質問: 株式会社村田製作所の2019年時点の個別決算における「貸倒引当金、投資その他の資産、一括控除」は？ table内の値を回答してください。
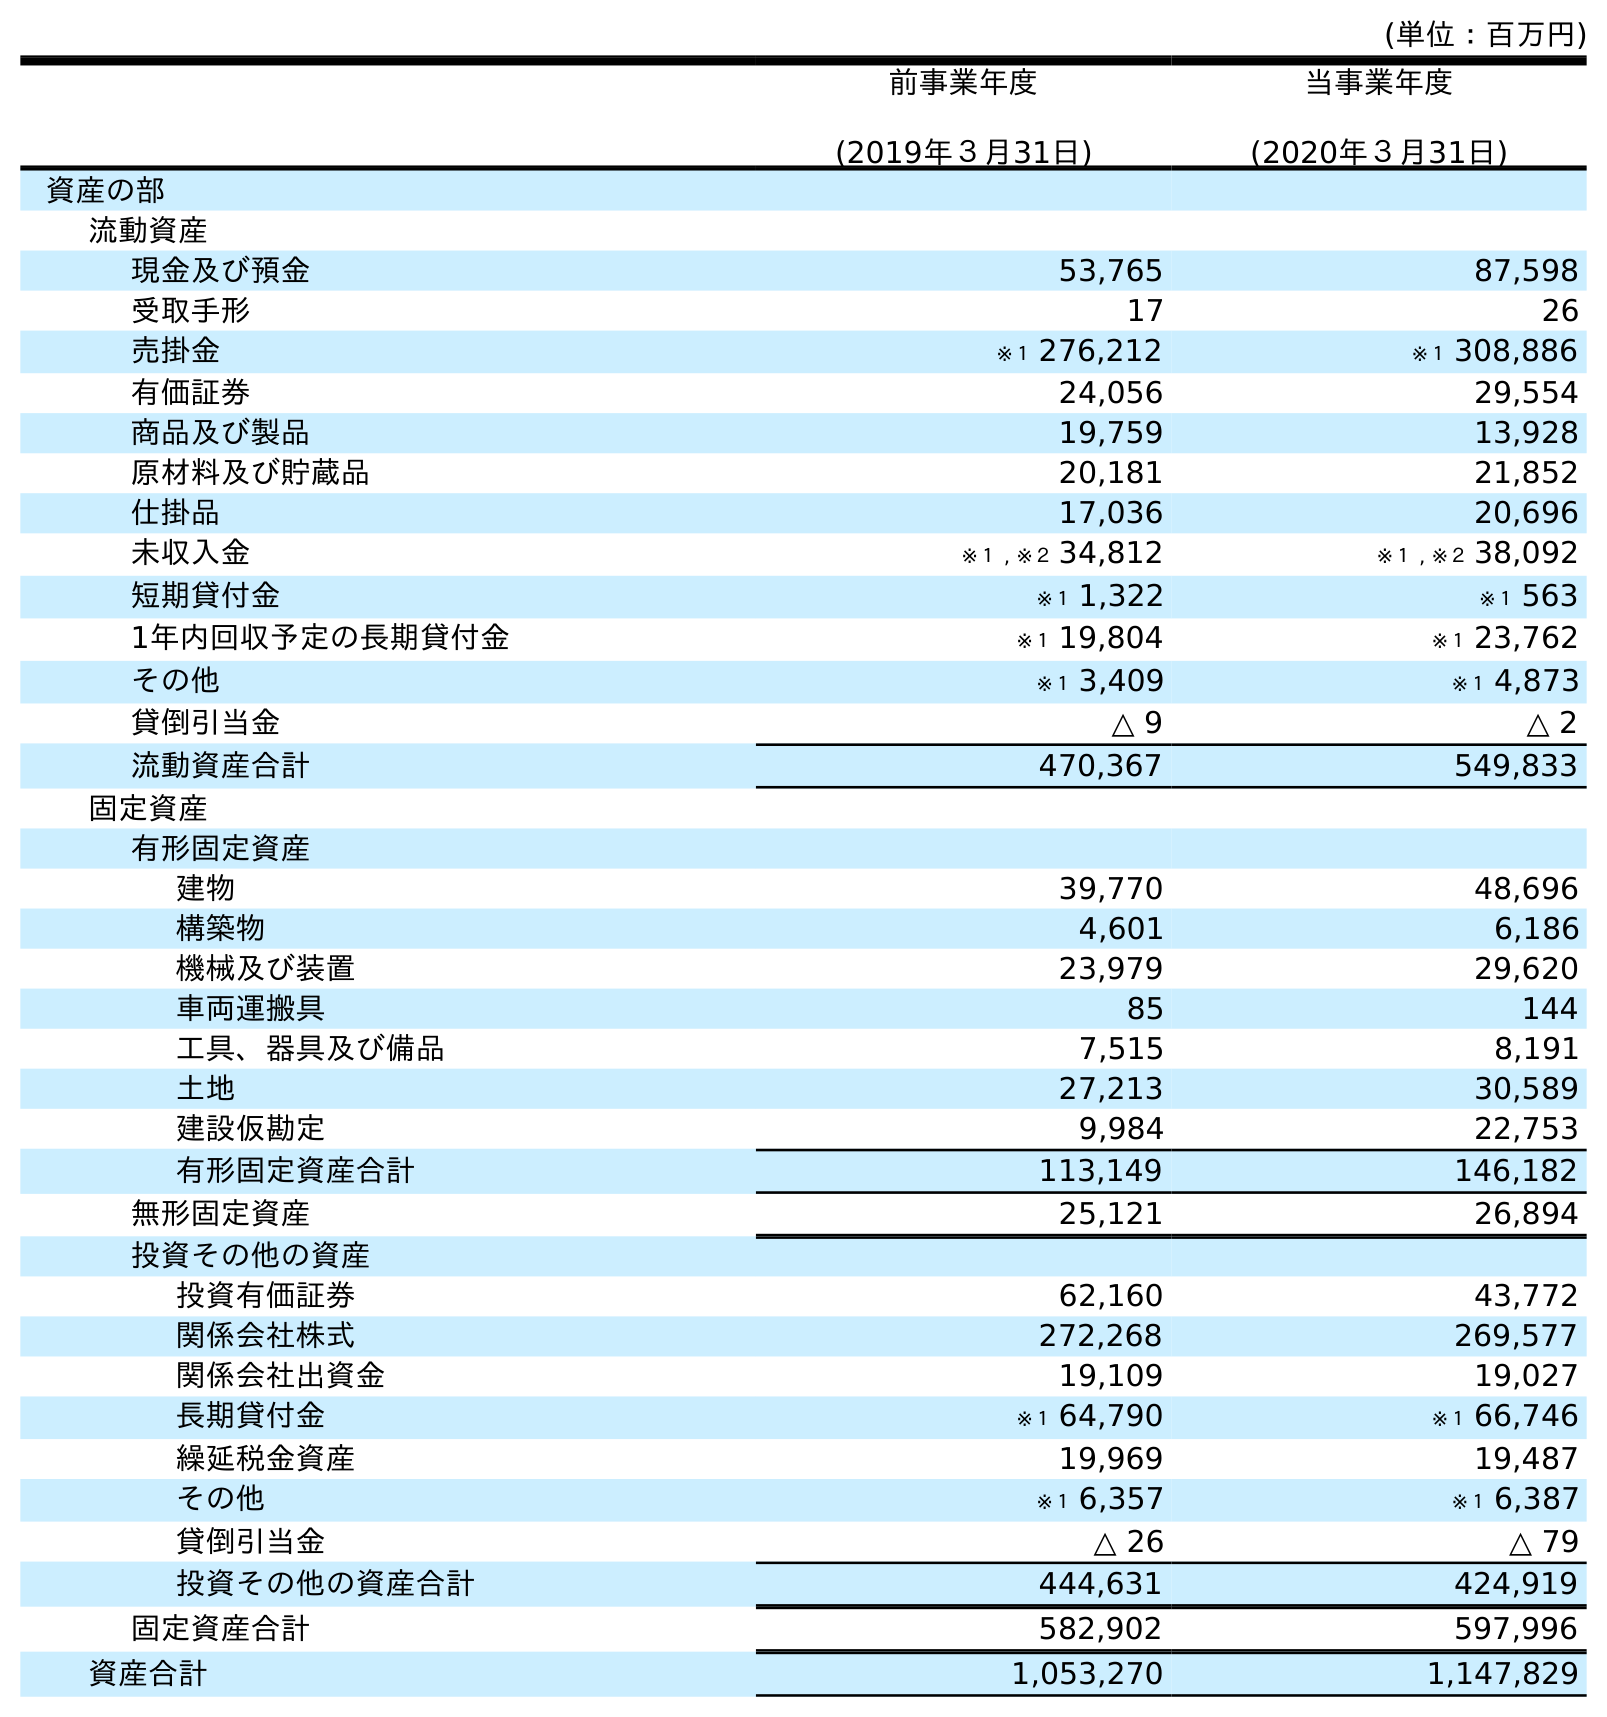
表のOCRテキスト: (単位：百万円) 前事業年度 (2019年３月31日) 当事業年度 (2020年３月31日) 資産の部 流動資産 現金及び預金 53,765 87,598 受取手形 17 26 売掛金 ※１ 276,212 ※１ 308,886 有価証券 24,056 29,554 商品及び製品 19,759 13,928 原材料及び貯蔵品 20,181 21,852 仕掛品 17,036 20,696 未収入金 ※１ , ※２ 34,812 ※１ , ※２ 38,092 短期貸付金 ※１ 1,322 ※１ 563 1年内回収予定の長期貸付金 ※１ 19,804 ※１ 23,762 その他 ※１ 3,409 ※１ 4,873 貸倒引当金 △ 9 △ 2 流動資産合計 470,367 549,833 固定資産 有形固定資産 建物 39,770 48,696 構築物 4,601 6,186 機械及び装置 23,979 29,620 車両運搬具 85 144 工具、器具及び備品 7,515 8,191 土地 27,213 30,589 建設仮勘定 9,984 22,753 有形固定資産合計 113,149 146,182 無形固定資産 25,121 26,894 投資その他の資産 投資有価証券 62,160 43,772 関係会社株式 272,268 269,577 関係会社出資金 19,109 19,027 長期貸付金 ※１ 64,790 ※１ 66,746 繰延税金資産 19,969 19,487 その他 ※１ 6,357 ※１ 6,387 貸倒引当金 △ 26 △ 79 投資その他の資産合計 444,631 424,919 固定資産合計 582,902 597,996 資産合計 1,053,270 1,147,829
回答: △26